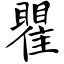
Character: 瞿